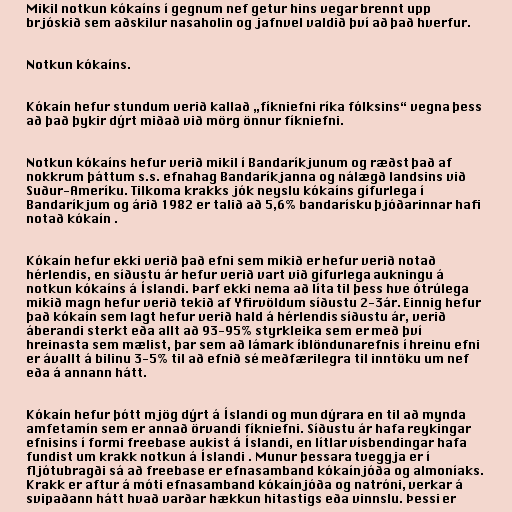
Mikil notkun kókaíns í gegnum nef getur hins vegar brennt upp
brjóskið sem aðskilur nasaholin og jafnvel valdið því að það hverfur.

Notkun kókaíns.

Kókaín hefur stundum verið kallað „fíkniefni ríka fólksins“ vegna þess
að það þykir dýrt miðað við mörg önnur fíkniefni.

Notkun kókaíns hefur verið mikil í Bandaríkjunum og ræðst það af
nokkrum þáttum s.s. efnahag Bandaríkjanna og nálægð landsins við
Suður-Ameríku. Tilkoma krakks jók neyslu kókaíns gífurlega í
Bandaríkjum og árið 1982 er talið að 5,6% bandarísku þjóðarinnar hafi
notað kókaín .

Kókaín hefur ekki verið það efni sem mikið er hefur verið notað
hérlendis, en síðustu ár hefur verið vart við gífurlega aukningu á
notkun kókaíns á Íslandi. Þarf ekki nema að líta til þess hve ótrúlega
mikið magn hefur verið tekið af Yfirvöldum síðustu 2-3ár. Einnig hefur
það kókaín sem lagt hefur verið hald á hérlendis síðustu ár, verið
áberandi sterkt eða allt að 93-95% styrkleika sem er með því
hreinasta sem mælist, þar sem að lámark íblöndunarefnis í hreinu efni
er ávallt á bilinu 3-5% til að efnið sé meðfærilegra til inntöku um nef
eða á annann hátt.

Kókaín hefur þótt mjög dýrt á Íslandi og mun dýrara en til að mynda
amfetamín sem er annað örvandi fíkniefni. Síðustu ár hafa reykingar
efnisins í formi freebase aukist á Íslandi, en lítlar vísbendingar hafa
fundist um krakk notkun á Íslandi . Munur þessara tveggja er í
fljótubragði sá að freebase er efnasamband kókaínjóða og almoníaks.
Krakk er aftur á móti efnasamband kókaínjóða og natróni, verkar á
svipaðann hátt hvað varðar hækkun hitastigs eða vinnslu. Þessi er